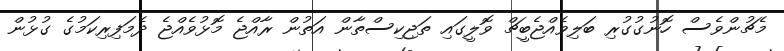
މެޗުންވެސް ހޮނުގުގުރި ބަލިވެއްޖެބީޗް ވޮލީގައި ތަޖިކިސްތާން އަތުން ރާއްޖެ މޮޅުވެއްޖެ ދެމަފިރިކަމުގެ ގުޅުން